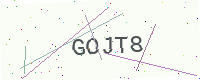
Text: GOJT8